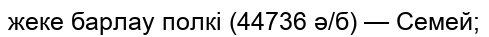
жеке барлау полкі (44736 ә/б) — Семей;